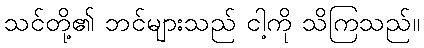
သင်တို့၏ ဘင်များသည် ငါ့ကို သိကြသည်။